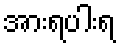
အားရပါးရ